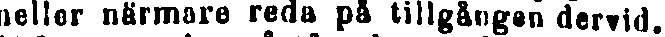
heller närmare reda på tillgången dervid.